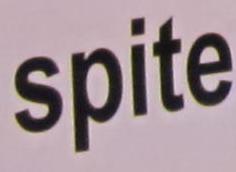
spite